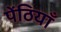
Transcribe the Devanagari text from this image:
पेंठियाँ